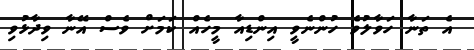
އެ ތަނާ ހަވާލުވެ ހުންނެވީ އިންޑިއާ މީހެއް ކަމަށް ވެސް އޭނާ ވިދާޅުވި